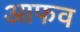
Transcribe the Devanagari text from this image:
आफव